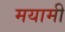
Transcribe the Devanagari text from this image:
मयामी